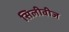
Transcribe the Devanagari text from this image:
सिलीवीज